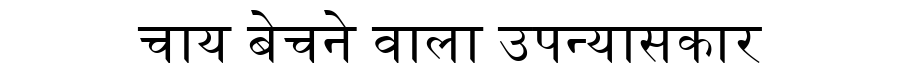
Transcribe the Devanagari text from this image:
चाय बेचने वाला उपन्यासकार